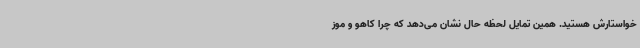
خواستارش هستید. همین تمایل لحظه حال نشان می‌دهد که چرا کاهو و موز